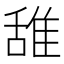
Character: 𫕛